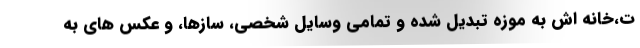
ت،خانه اش به موزه تبدیل شده و تمامی وسایل شخصی، سازها، و عکس های به